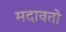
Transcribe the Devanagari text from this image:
मदावतो